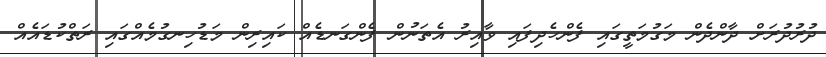
ދުރުދުރަށް ދާންދެން މަގުމަތީގައި ފެންހެދިފައި ވާއިރު އެތަނުން ފެންގަނޑެއް ކައިރިން މަޑުހިނގުމެއްގައި ރަތްކުޑައެއް